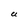
Character: U